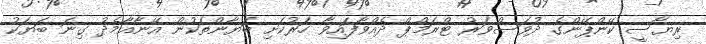
ރިޔާސީ ކޭންޕޭންގެ ދުވަސްވަރު ޓްރަމްޕް ދެއްވާފައިވާ ހަރުކަށި ބަޔާންތަކުން އޭނާއާމެދު ގިނަ ބަޔަކު